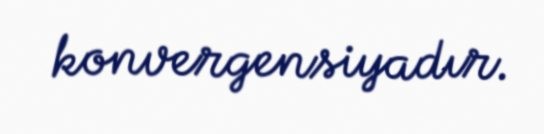
konvergensiyadır.